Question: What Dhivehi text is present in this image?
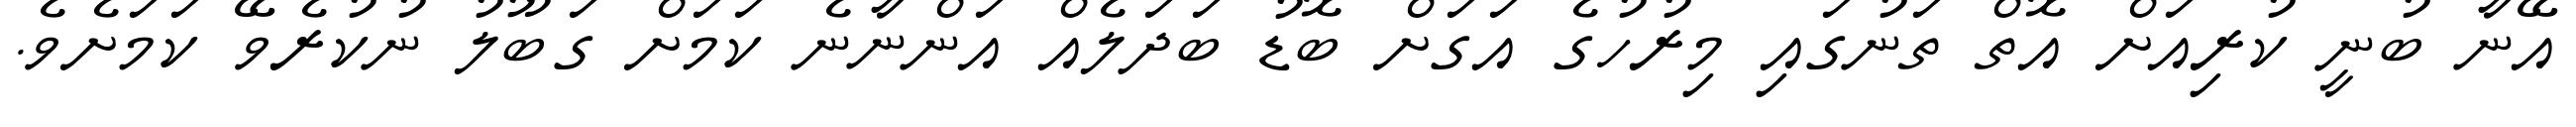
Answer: އޭނާ ބުނީ ކުރިއަށް އޮތް ތަނުގައި މިރުހުގެ އަގަށް ބޮޑު ބަދަލެއް އަންނާނެ ކަމަށް ގަބޫލު ނުކުރެވޭ ކަމަށެވެ.